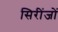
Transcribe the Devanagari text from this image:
सिरींजों